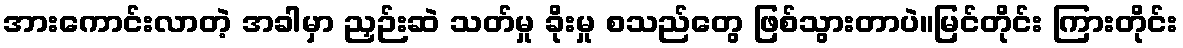
အားကောင်းလာတဲ့ အခါမှာ ညှဉ်းဆဲ သတ်မှု ခိုးမှု စသည်တွေ ဖြစ်သွားတာပဲ။မြင်တိုင်း ကြားတိုင်း